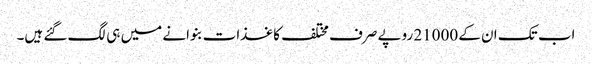
اب تک ان کے 21000 روپے صرف مختلف کاغذات بنوانے میں ہی لگ گئے ہیں۔